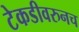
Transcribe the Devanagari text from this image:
टेकडीवरुनच